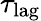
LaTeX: \tau_{\mathrm{lag}}